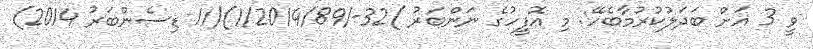
ވީ 3 އަށް ބަދަލުކުރުމާބެހޭ: މި އޮފީހުގެ ނަންބަރު )32-/1/2014/89)(11 ޑިސެންބަރު 2014)